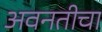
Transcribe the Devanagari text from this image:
अवनतीचा